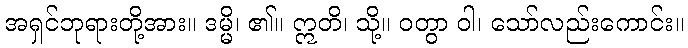
အရှင်ဘုရားတို့အား။ ဒမ္မိ၊ ၏။ ဣတိ၊ သို့။ ဝတွာ ဝါ၊ သော်လည်းကောင်း။